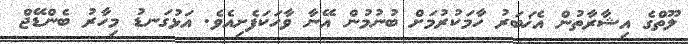
ލޫތްގެ އިޝާރާތުން އެޚަބަރު ހާމަކުރުމަށް ބުނުމުން އޭނާ ވާހަކަފެށިއެވެ. އަޅުގަނޑު މިހާރު ބެންޑޭޖް